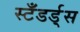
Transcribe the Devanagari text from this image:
स्टँडर्ड्‌स